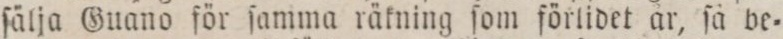
ſälja Guano för ſamma räkning ſom förlidet år, ſå be=